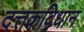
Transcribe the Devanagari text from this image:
दत्तकविधान